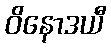
ဝိနောဒယီ